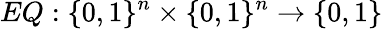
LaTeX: EQ:\{ 0,1\} ^{n}\times\{ 0,1\} ^{n}\rightarrow\{ 0,1\}